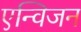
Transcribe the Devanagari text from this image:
एन्विजन